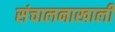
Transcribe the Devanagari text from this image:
संचालनाखाली